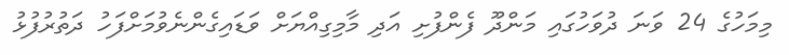
މިމަހުގެ 24 ވަނަ ދުވަހުގައި މަންދޫ ފެންފުށި އަދި މާމިގިއްޔަަށް ވަޑައިގެންނެވުމަށްފަހު ދަތުރުފުޅު